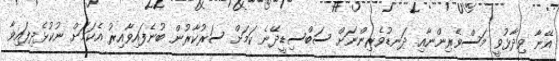
އޭނާ ވިދާޅުވީ މަސްވެރިންނާއި ދަނޑުވެރިންނަށް ސަބްސިޑީދޭނެ ކަމަށް ސަރުކާރުން ބުނެފައިވާއިރު އެކަމަށް ނުކުޅެދިފައިވާ